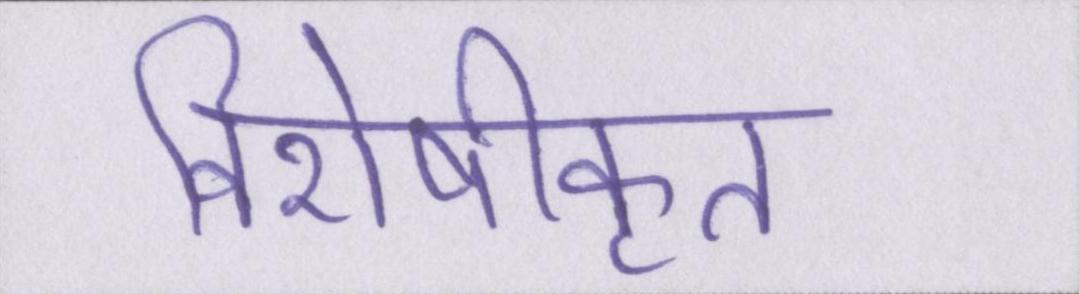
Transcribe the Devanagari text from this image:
विशेषीकृत